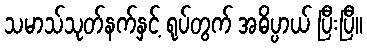
သမာသ်သုတ်နက်နှင့် ရုပ်တွက် အဓိပ္ပာယ် ပြီးပြီ။